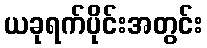
ယခုရက်ပိုင်းအတွင်း